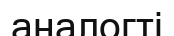
аналогті